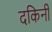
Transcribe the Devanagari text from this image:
दकिनी